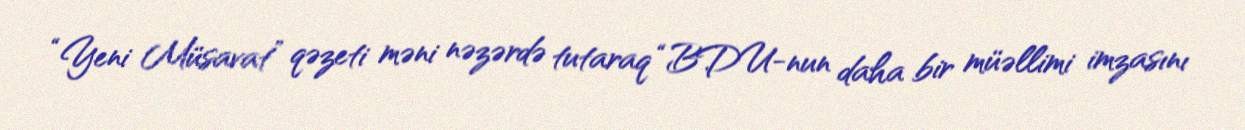
“Yeni Müsavat” qəzeti məni nəzərdə tutaraq “BDU-nun daha bir müəllimi imzasını